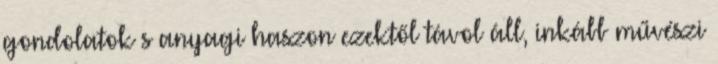
gondolatok s anyagi haszon ezektől távol áll, inkább művészi